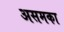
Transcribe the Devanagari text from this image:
असमका